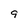
Character: 9